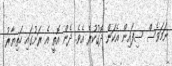
ނަމަވެސް ސިފައިން އެކަން ދޮގުކުރެ އެވެ. ދެން އޮތީ އެ ރަށުގައި ހަތިޔާރު